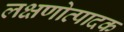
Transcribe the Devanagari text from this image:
लक्षणोत्पादक